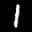
Label: 1